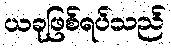
ယခုဖြစ်ရပ်သည်